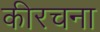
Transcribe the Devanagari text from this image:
कीरचना